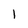
Character: 1